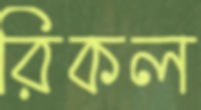
রিকল